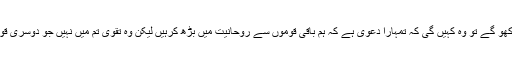
اگر تم روزے نہیں رکھو گے تو وہ کہیں گی کہ تمہارا دعویٰ ہے کہ ہم باقی قوموں سے روحانیت میں بڑھ کرہیں لیکن وہ تقویٰ تم میں نہیں جو دوسری قوموں میں پایا جاتا تھا۔